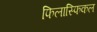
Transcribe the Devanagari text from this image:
फिलास्फिकल